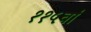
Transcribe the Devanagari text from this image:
११५वां